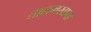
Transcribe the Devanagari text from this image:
तालमखाना